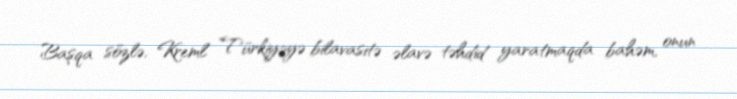
Başqa sözlə, Kreml Türkiyəyə bilavasitə əlavə təhdid yaratmaqda bahəm, onun